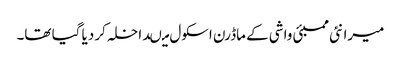
میرا نئی ممبئی واشی کے ماڈرن اسکول میںداخلہ کر دیا گیا تھا۔